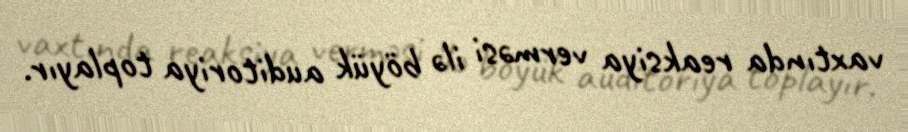
vaxtında reaksiya verməsi ilə böyük auditoriya toplayır.